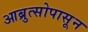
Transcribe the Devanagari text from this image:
आब्रुत्सोपासून